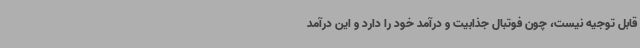
قابل ‌توجیه نیست، چون فوتبال جذابیت و درآمد خود را دارد و این درآمد